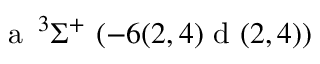
\textrm { a } \, ^ { 3 } \Sigma ^ { + } ~ ( - 6 ( 2 , 4 ) \textrm { d } ( 2 , 4 ) )